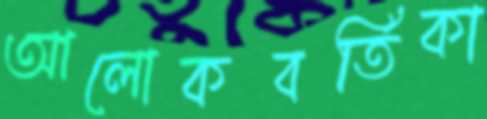
আলোকবর্তিকা